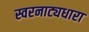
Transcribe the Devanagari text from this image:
स्वरनाट्यधारा